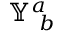
\mathbb { Y } _ { ~ b } ^ { a }